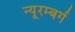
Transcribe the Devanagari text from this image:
न्यूरम्बर्ग